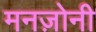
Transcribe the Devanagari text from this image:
मनज़ोनी